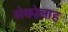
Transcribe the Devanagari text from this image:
सेकोलाह